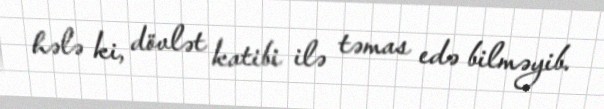
hələ ki, dövlət katibi ilə təmas edə bilməyib.